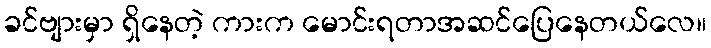
ခင်ဗျားမှာ ရှိနေတဲ့ ကားက မောင်းရတာအဆင်ပြေနေတယ်လေ။